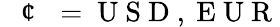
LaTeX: \mathrm{~\textit~{~\textcent~}~}=\mathrm{~U~S~D~,~E~U~R~}